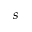
s